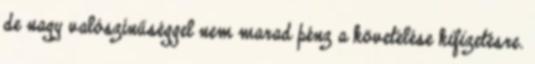
de nagy valószínűséggel nem marad pénz a követelése kifizetésre.